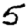
Digit: 5